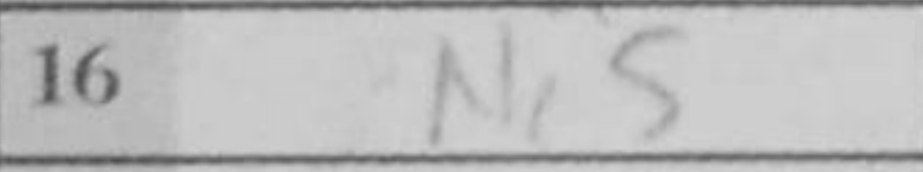
Transcription: Nc5